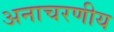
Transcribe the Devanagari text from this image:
अनाचरणीय